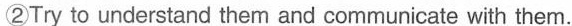
②Try to understand them and communicate with them.